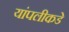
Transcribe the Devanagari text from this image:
यांपलीकडे